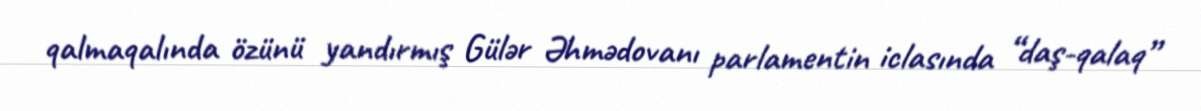
qalmaqalında özünü yandırmış Gülər Əhmədovanı parlamentin iclasında “daş-qalaq”